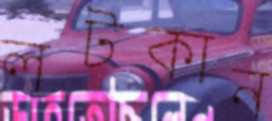
লটকান